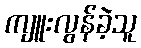
ကျူးလွန်ခဲ့သူ